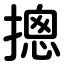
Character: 摠